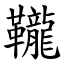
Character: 䪊